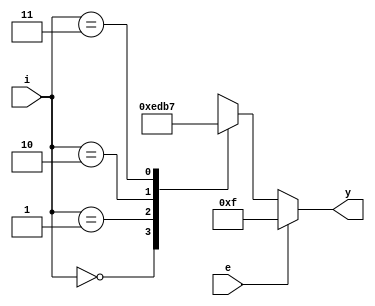
module my_decode (
                input wire [1:0] i,
                input wire e,
                output reg [3:0] y );

    always @(i, e) begin
            if (e) begin
                    y=4'b1111;
            end
            else begin
                    case (i)
                            2'b00: y=4'b1110;
                            2'b01: y=4'b1101;
                            2'b10: y=4'b1011;
                            2'b11: y=4'b0111;
                            default: y=4'b1111;
                    endcase 
            end
    end

endmodule